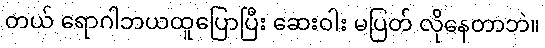
တယ် ရောဂါဘယထူပြောပြီး ဆေးဝါး မပြတ် လိုနေတာဘဲ။